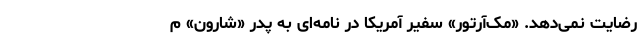
رضایت نمی‌دهد. «مک‌آرتور» سفیر آمریکا در نامه‌ای به پدر «شارون» م